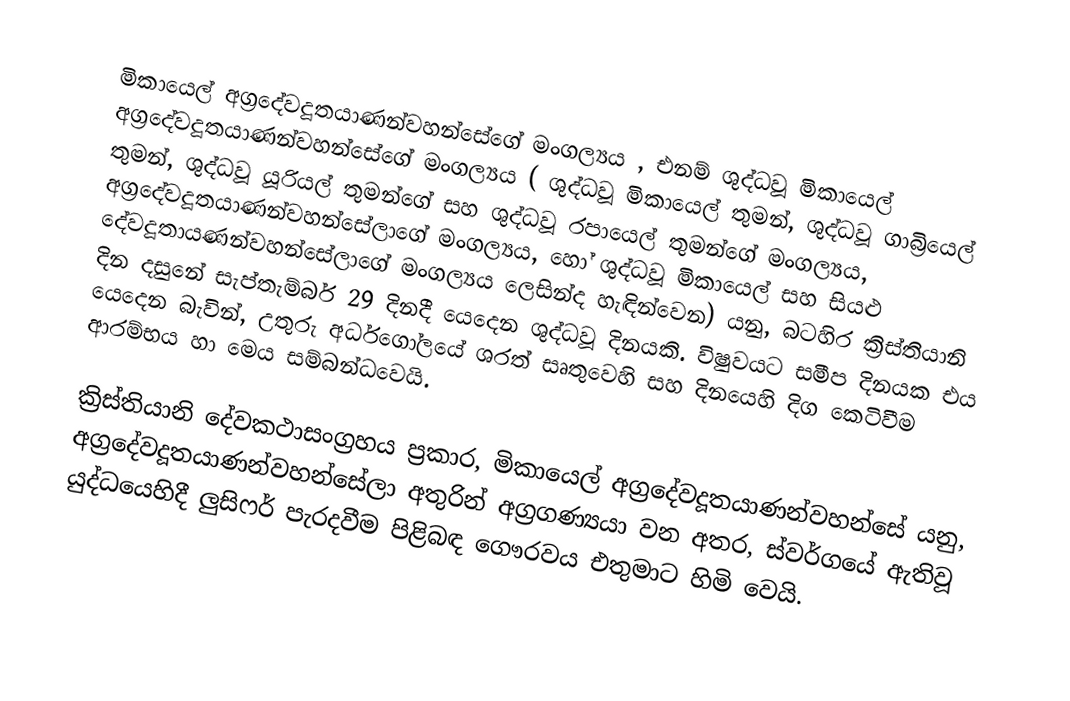
මිකායෙල් අග්‍රදේවදූතයාණන්වහන්සේගේ මංගල්‍යය , එනම් ශුද්ධවූ මිකායෙල් අග්‍රදේවදූතයාණන්වහන්සේගේ මංගල්‍යය ( ශුද්ධවූ මිකායෙල් තුමන්, ශුද්ධවූ ගාබ්‍රියෙල් තුමන්, ශුද්ධවූ යූරියල් තුමන්ගේ සහ ශුද්ධවූ රපායෙල් තුමන්ගේ මංගල්‍යය, අග්‍රදේවදූතයාණන්වහන්සේලාගේ මංගල්‍යය, හෝ  ශුද්ධවූ මිකායෙල් සහ සියළු දේවදූතායණන්වහන්සේලාගේ මංගල්‍යය ලෙසින්ද හැඳින්වෙන) යනු, බටහිර ක්‍රිස්තියානි දින දසුනේ සැප්තැම්බර් 29 දිනදී යෙදෙන ශුද්ධවූ  දිනයකි. විෂුවයට සමීප දිනයක එය යෙදෙන බැවින්, උතුරු අර්ධගෝලයේ ශරත් සෘතුවෙහි සහ දිනයෙහි දිග කෙටිවීම ආරම්භය හා මෙය සම්බන්ධවෙයි.

ක්‍රිස්තියානි දේවකථාසංග්‍රහය ප්‍රකාර, මිකායෙල්  අග්‍රදේවදූතයාණන්වහන්සේ යනු, අග්‍රදේවදූතයාණන්වහන්සේලා අතුරින් අග්‍රගණ්‍යයා වන අතර,  ස්වර්ගයේ ඇතිවූ යුද්ධයෙහිදී ලුසිෆර් පැරදවීම පිළිබඳ ගෞරවය එතුමාට හිමි වෙයි.